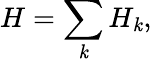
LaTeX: H=\sum_{\mathit{k}}H_{\mathit{k}},